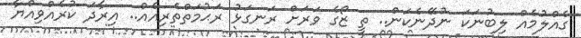
ގެއްލުމެއް ލިބުނަކަ ނުދޭނެކަން.. ތީ ޒޯގެ ވަރަށް ރަނގަޅު ރަޙުމަތްތެެރިއެއް.. އިރާދަ ކުރެއްވިއްޔާ